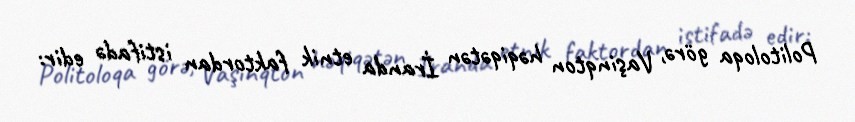
Politoloqa görə, Vaşinqton həqiqətən İranda etnik faktordan istifadə edir: